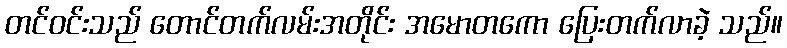
တင်ဝင်းသည် တောင်တက်လမ်းအတိုင်း အမောတကော ပြေးတက်လာခဲ့ သည်။